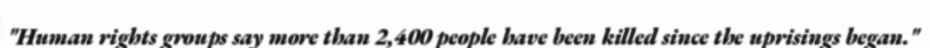
"Human rights groups say more than 2,400 people have been killed since the uprisings began."